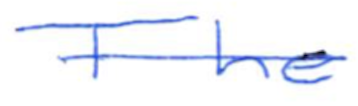
Text: The
Cross-out: single-line
Writing tool: ballpoint